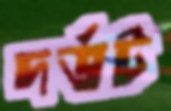
দর্ভট